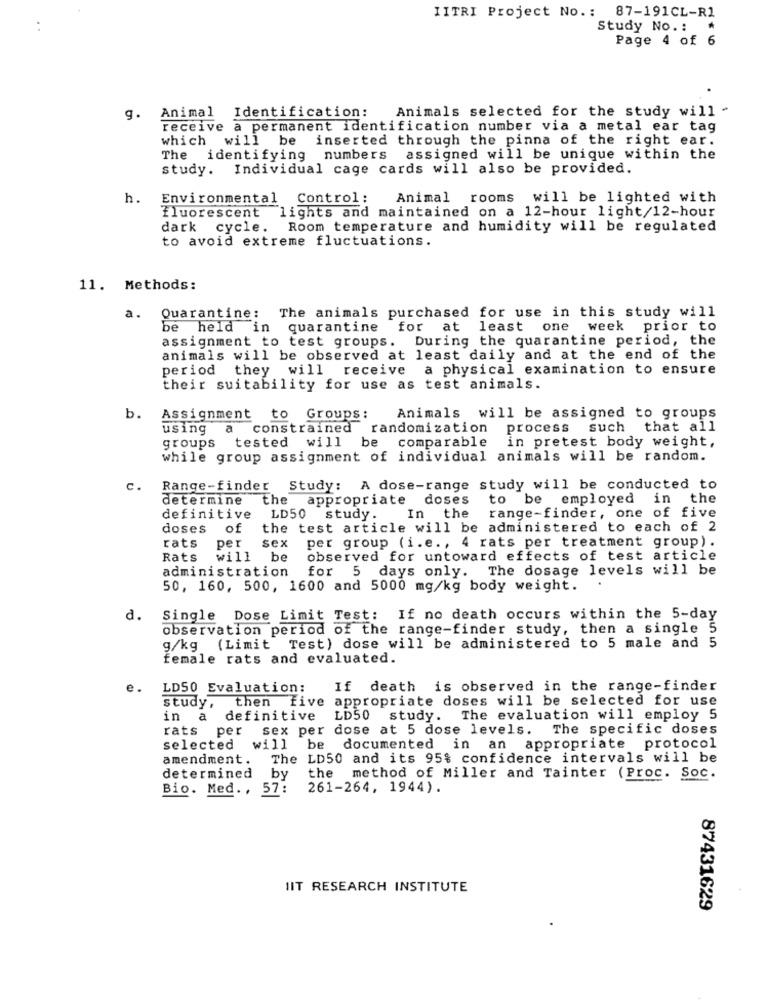
IITRI Project No .: 87-191CL-R1
..
Study No. :
Page 4 of 6
Animals selected for the study will -
g. Animal Identification:
receive a permanent identification number via a metal ear tag
which will be
inserted through the pinna of the right ear.
The identifying numbers assigned will be unique within the
study.
Individual cage cards will also be provided.
h.
Environmental Control:
Animal rooms will be lighted with
fluorescent lights and maintained on a 12-hour light/12-hour
dark cycle.
Room temperature and humidity will be regulated
to avoid extreme fluctuations.
11. Methods:
Quarantine: The animals purchased for use in this study will
a.
be held in quarantine for at least one week prior to
assignment to test groups. During the quarantine period, the
animals will be observed at least daily and at the end of the
period they will receive a physical examination to ensure
their suitability for use as test animals.
b.
Assignment
to Groups:
Animals will be assigned to groups
using
a
constrained randomization
process
such that all
groups
tested
will
be comparable
in pretest body weight,
while group assignment of individual animals will be random.
c.
Range-finder
Study: A dose-range study will be conducted to
determine
The
appropriate doses
to be employed in the
definitive
LD50 study.
In the range-finder, one of five
doses
of
the test article will be administered to each of 2
rats
per
sex
per group (i.e ., 4 rats per treatment group).
Rats
will
be
observed for untoward effects of test article
administration
for 5 days only. The dosage levels will be
50, 160, 500, 1600 and 5000 mg/kg body weight.
d.
Single Dose Limit Test: If no death occurs within the 5-day
observation period of the range-finder study, then a single 5
g/kg (Limit Test) dose will be administered to 5 male and 5
female rats and evaluated.
e.
LD50 Evaluation:
If death is observed in the range-finder
study, then five appropriate doses will be selected for use
in a
definitive LD50 study. The evaluation will employ 5
rats per
sex per dose at 5 dose levels. The specific doses
selected will be documented in an appropriate protocol
amendment. The LD50 and its 95% confidence intervals will be
determined by
the method of Miller and Tainter (Proc. Soc.
Bio. Med ., 57:
261-264, 1944).
IIT RESEARCH INSTITUTE
87431629